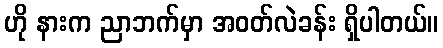
ဟို နားက ညာဘက်မှာ အဝတ်လဲခန်း ရှိပါတယ်။